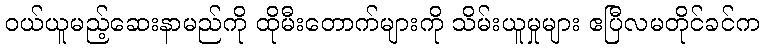
ဝယ်ယူမည့်ဆေးနာမည်ကို ထိုမီးတောက်များကို သိမ်းယူမှုများ ဧပြီလမတိုင်ခင်က